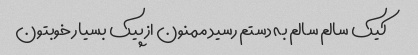
کیک سالم سالم به دستم رسید ممنون از پیک بسیار خوبتون